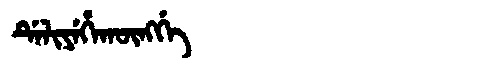
Manchu: ᡩᡝᠯᡳᠶᡝᡥᠠᡴᡡᠩᡤᡝ
Romanization: DELIYEHAKŪNGGE